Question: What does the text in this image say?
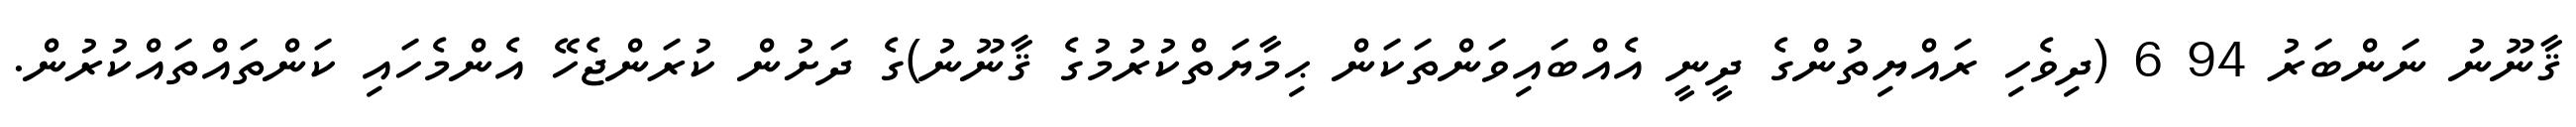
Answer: ޤާނޫނު ނަންބަރު 94 6 (ދިވެހި ރައްޔިތުންގެ ދީނީ އެއްބައިވަންތަކަން ޙިމާޔަތްކުރުމުގެ ޤާނޫނު)ގެ ދަށުން ކުރަންޖެހޭ އެންމެހައި ކަންތައްތައްކުރުން.